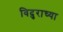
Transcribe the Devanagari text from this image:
विदुराच्या